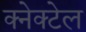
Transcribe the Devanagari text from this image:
क्नेक्टेल